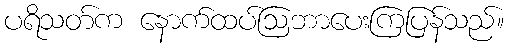
ပရိသတ်က နောက်ထပ်ဩဘာပေးကြပြန်သည်။